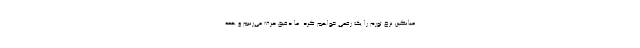
میانگین نرخ تورم را یک رقمی خواهم کرد. ما دقیق حرف می‌زنیم و همه